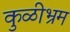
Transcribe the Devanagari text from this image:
कुळीभ्रम